Vabadussoja_Ajaloo_Komitee, lk 45
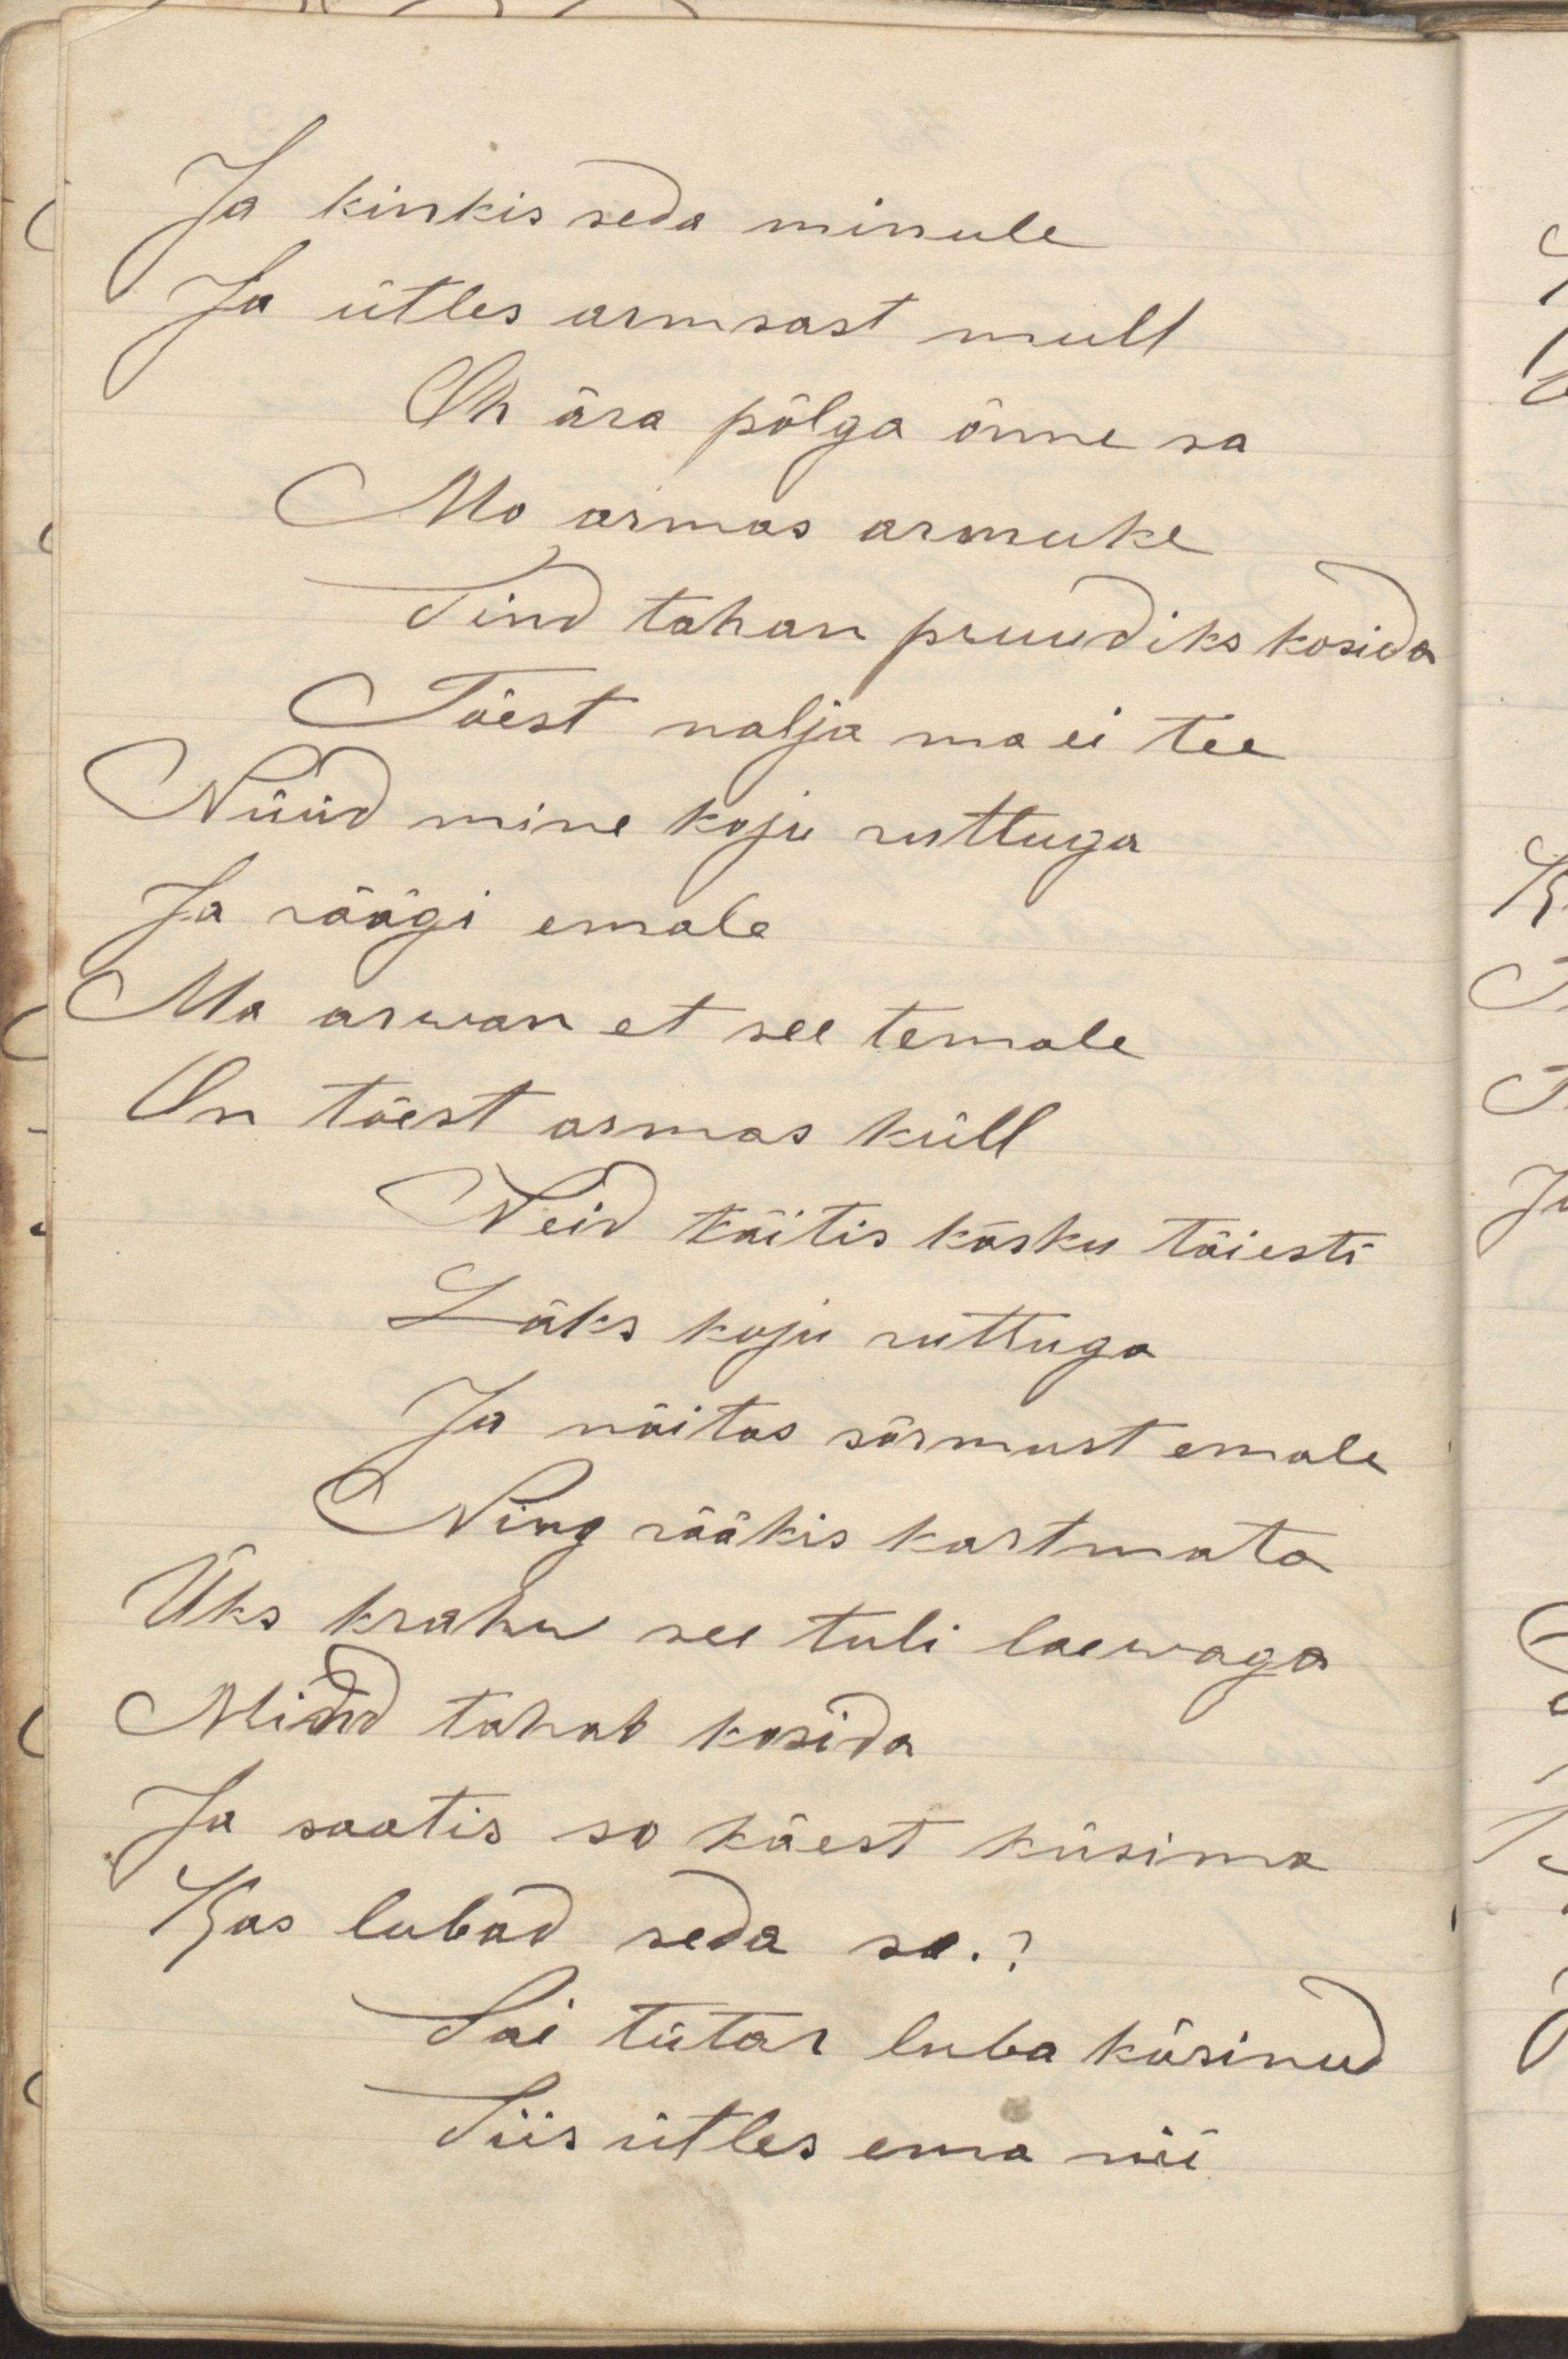
Ja kinkis seda minule
Ja ütles armsast mull
Oh ära põlga õnne sa
Mu armas armuke
Sind tahan pruudiks kosida
Tõest nalja ma ei tee
Nüüd mine koju ruttuga
Ja räägi emale
Ma arwan et see temale
On tõest armas küll
Neid täitis käsku täiesti
Läks koju ruttuga
Ja näitas sõrmust emale
Ning rääkis kartmata
Üks krahw see tuli laewaga
Mind tahab kosida
Ja saatis so käest küsima
Kas lubad seda sa.?
Sai tütar luba küsinud
Siis ütles ema nii